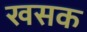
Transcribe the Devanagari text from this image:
खसक